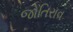
જોતિરાવ